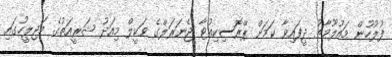
ފުލުހުން މައުލޫމާތު ދީފައިވާ ކަމަށް ޕްރޮސިކިއުޓާ ޖެނަރަލްގެ ވަކީލް މިއަދު ޝަރީއަތުގެ މަޖިލީހުގައި